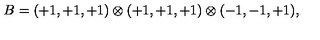
B = ( + 1 , + 1 , + 1 ) \otimes ( + 1 , + 1 , + 1 ) \otimes ( - 1 , - 1 , + 1 ) , \,